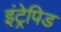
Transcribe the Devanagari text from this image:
इंट्रेपिड